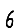
Digit: 6